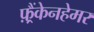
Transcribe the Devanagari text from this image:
फ़्रैंकेनहेमर